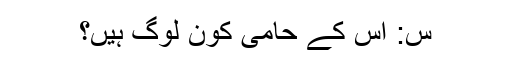
س: اس کے حامی کون لوگ ہیں؟